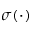
\sigma ( \cdot )